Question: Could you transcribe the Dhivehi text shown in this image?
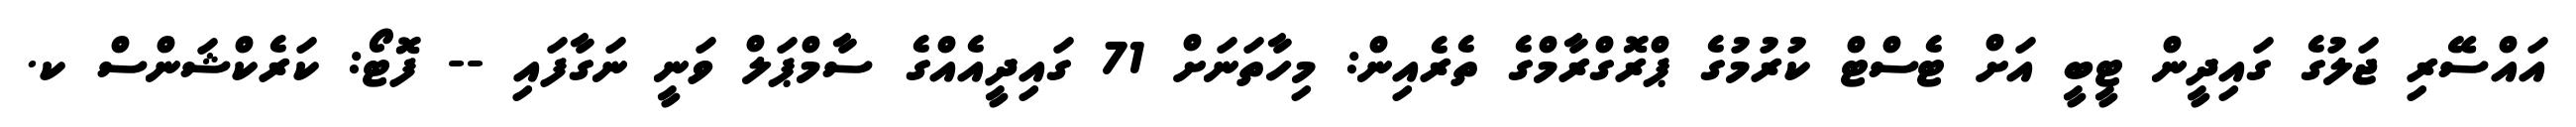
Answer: އައްސޭރި ޖަލުގެ ގައިދީން ޓީބީ އަށް ޓެސްޓް ކުރުމުގެ ޕްރޮގްރާމްގެ ތެރެއިން: މިހާތަނަށް 71 ގައިދީއެއްގެ ސާމްޕަލް ވަނީ ނަގާފައި -- ފޮޓޯ: ކަރެކްޝަންސް ކ.